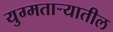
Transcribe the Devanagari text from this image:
युग्मताऱ्यातील